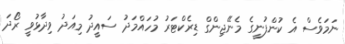
ނަމަވެސް އެ ކުންފުނީގެ މެނޭޖިންގް ޑިރެކްޓަރު މުހައްމަދު ސައީދު މިއަދު ވިދާޅުވީ ރޯދަ